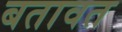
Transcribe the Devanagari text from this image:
बतावत